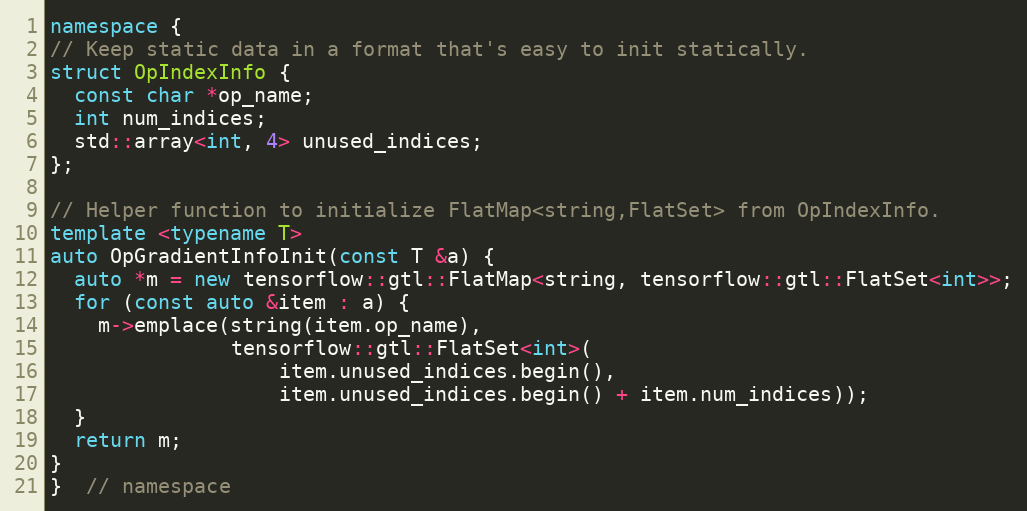
Language: C++
namespace {
// Keep static data in a format that's easy to init statically.
struct OpIndexInfo {
  const char *op_name;
  int num_indices;
  std::array<int, 4> unused_indices;
};

// Helper function to initialize FlatMap<string,FlatSet> from OpIndexInfo.
template <typename T>
auto OpGradientInfoInit(const T &a) {
  auto *m = new tensorflow::gtl::FlatMap<string, tensorflow::gtl::FlatSet<int>>;
  for (const auto &item : a) {
    m->emplace(string(item.op_name),
               tensorflow::gtl::FlatSet<int>(
                   item.unused_indices.begin(),
                   item.unused_indices.begin() + item.num_indices));
  }
  return m;
}
}  // namespace